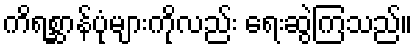
ကိရစ္ဆာန်ပုံများကိုလည်း ရေးဆွဲကြသည်။